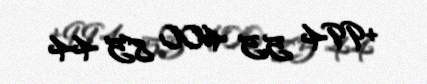
+994 55 400 85 44